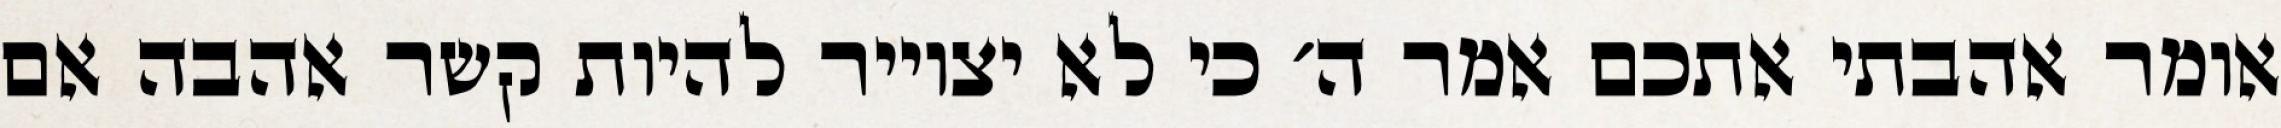
אומר אהבתי אתכם אמר ה׳ כי לא יצוייר להיות קשר אהבה אם